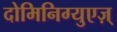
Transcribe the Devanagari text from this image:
दोमिनिग्युएज़्